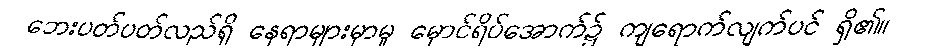
ဘေးပတ်ပတ်လည်ရှိ နေရာများမှာမူ မှောင်ရိပ်အောက်၌ ကျရောက်လျက်ပင် ရှိ၏။